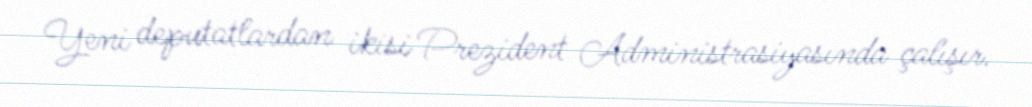
Yeni deputatlardan ikisi Prezident Administrasiyasında çalışır.